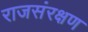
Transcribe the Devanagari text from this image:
राजसंरक्षण